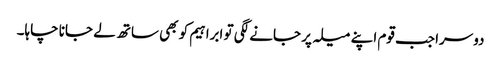
دوسرا جب قوم اپنے میلہ پر جانے لگی تو ابراہیم کو بھی ساتھ لے جانا چاہا۔